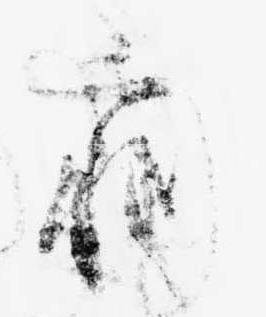
痢